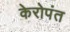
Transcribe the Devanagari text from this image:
केरोपंत